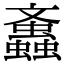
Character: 䘇